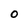
Character: O